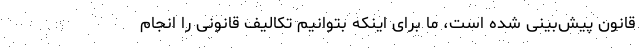
قانون پیش‌بینی شده است، ما برای اینکه بتوانیم تکالیف قانونی را انجام